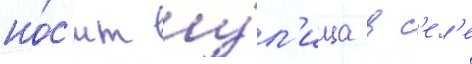
но́с'ит у́л'ица в с'ел'е